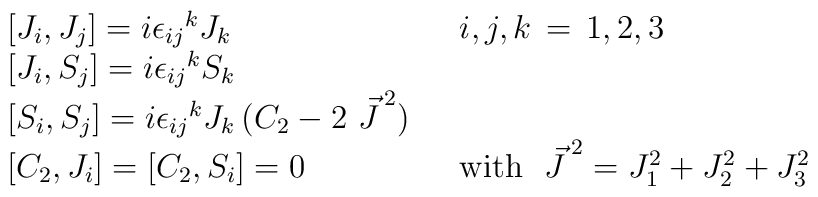
\begin{array}{ll}  {[}J_i, J_j] = i{\epsilon_{ij}}^k J_k & i,j,k\, =\, 1,2,3  \\  {[} J_i, S_j ] = i{\epsilon _{ij}}^k S_k &  \\  {[} S_i, S_j] = i{\epsilon _{ij}}^k J_k\, (C_2 -2\ {\vec{J}\,}^2)\ \ & \\  {[}C_2, J_i ] = [C_2 , S_i] =0 & \mbox{with }\ {\vec{J}\,}^2 =  J^2_1 + J^2_2 + J_3^2\end{array}